Problem: 9 × 4 = ?
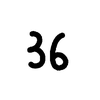
Handwritten answer: 36